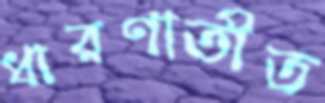
ধারণাতীত